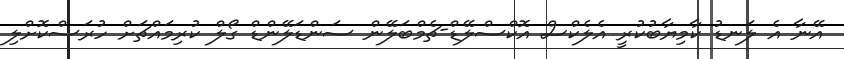
އޭނާ އެ ލަނޑު ކާމިޔާބުކުރީ އެލެކްސް އޮކްސްލޭޑް-ޗެމްބަލޭން ސަންޑަލޭންޑް ގޯލް ކުރިމައްޗަށް ހުރަސްކޮށްލި